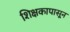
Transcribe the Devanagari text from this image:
शिक्षकापासून